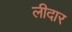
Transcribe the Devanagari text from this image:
लीदार